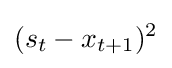
(s_{t}-x_{t+1})^{2}